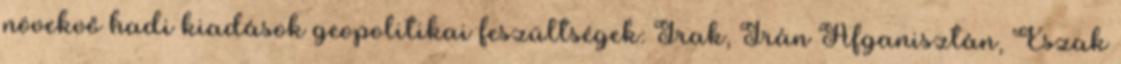
növekvő hadi kiadások geopolitikai feszültségek: Irak, Irán Afganisztán, Észak